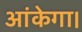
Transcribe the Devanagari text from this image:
आंकेगा।